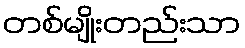
တစ်မျိုးတည်းသာ